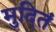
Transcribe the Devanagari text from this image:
मुदितं